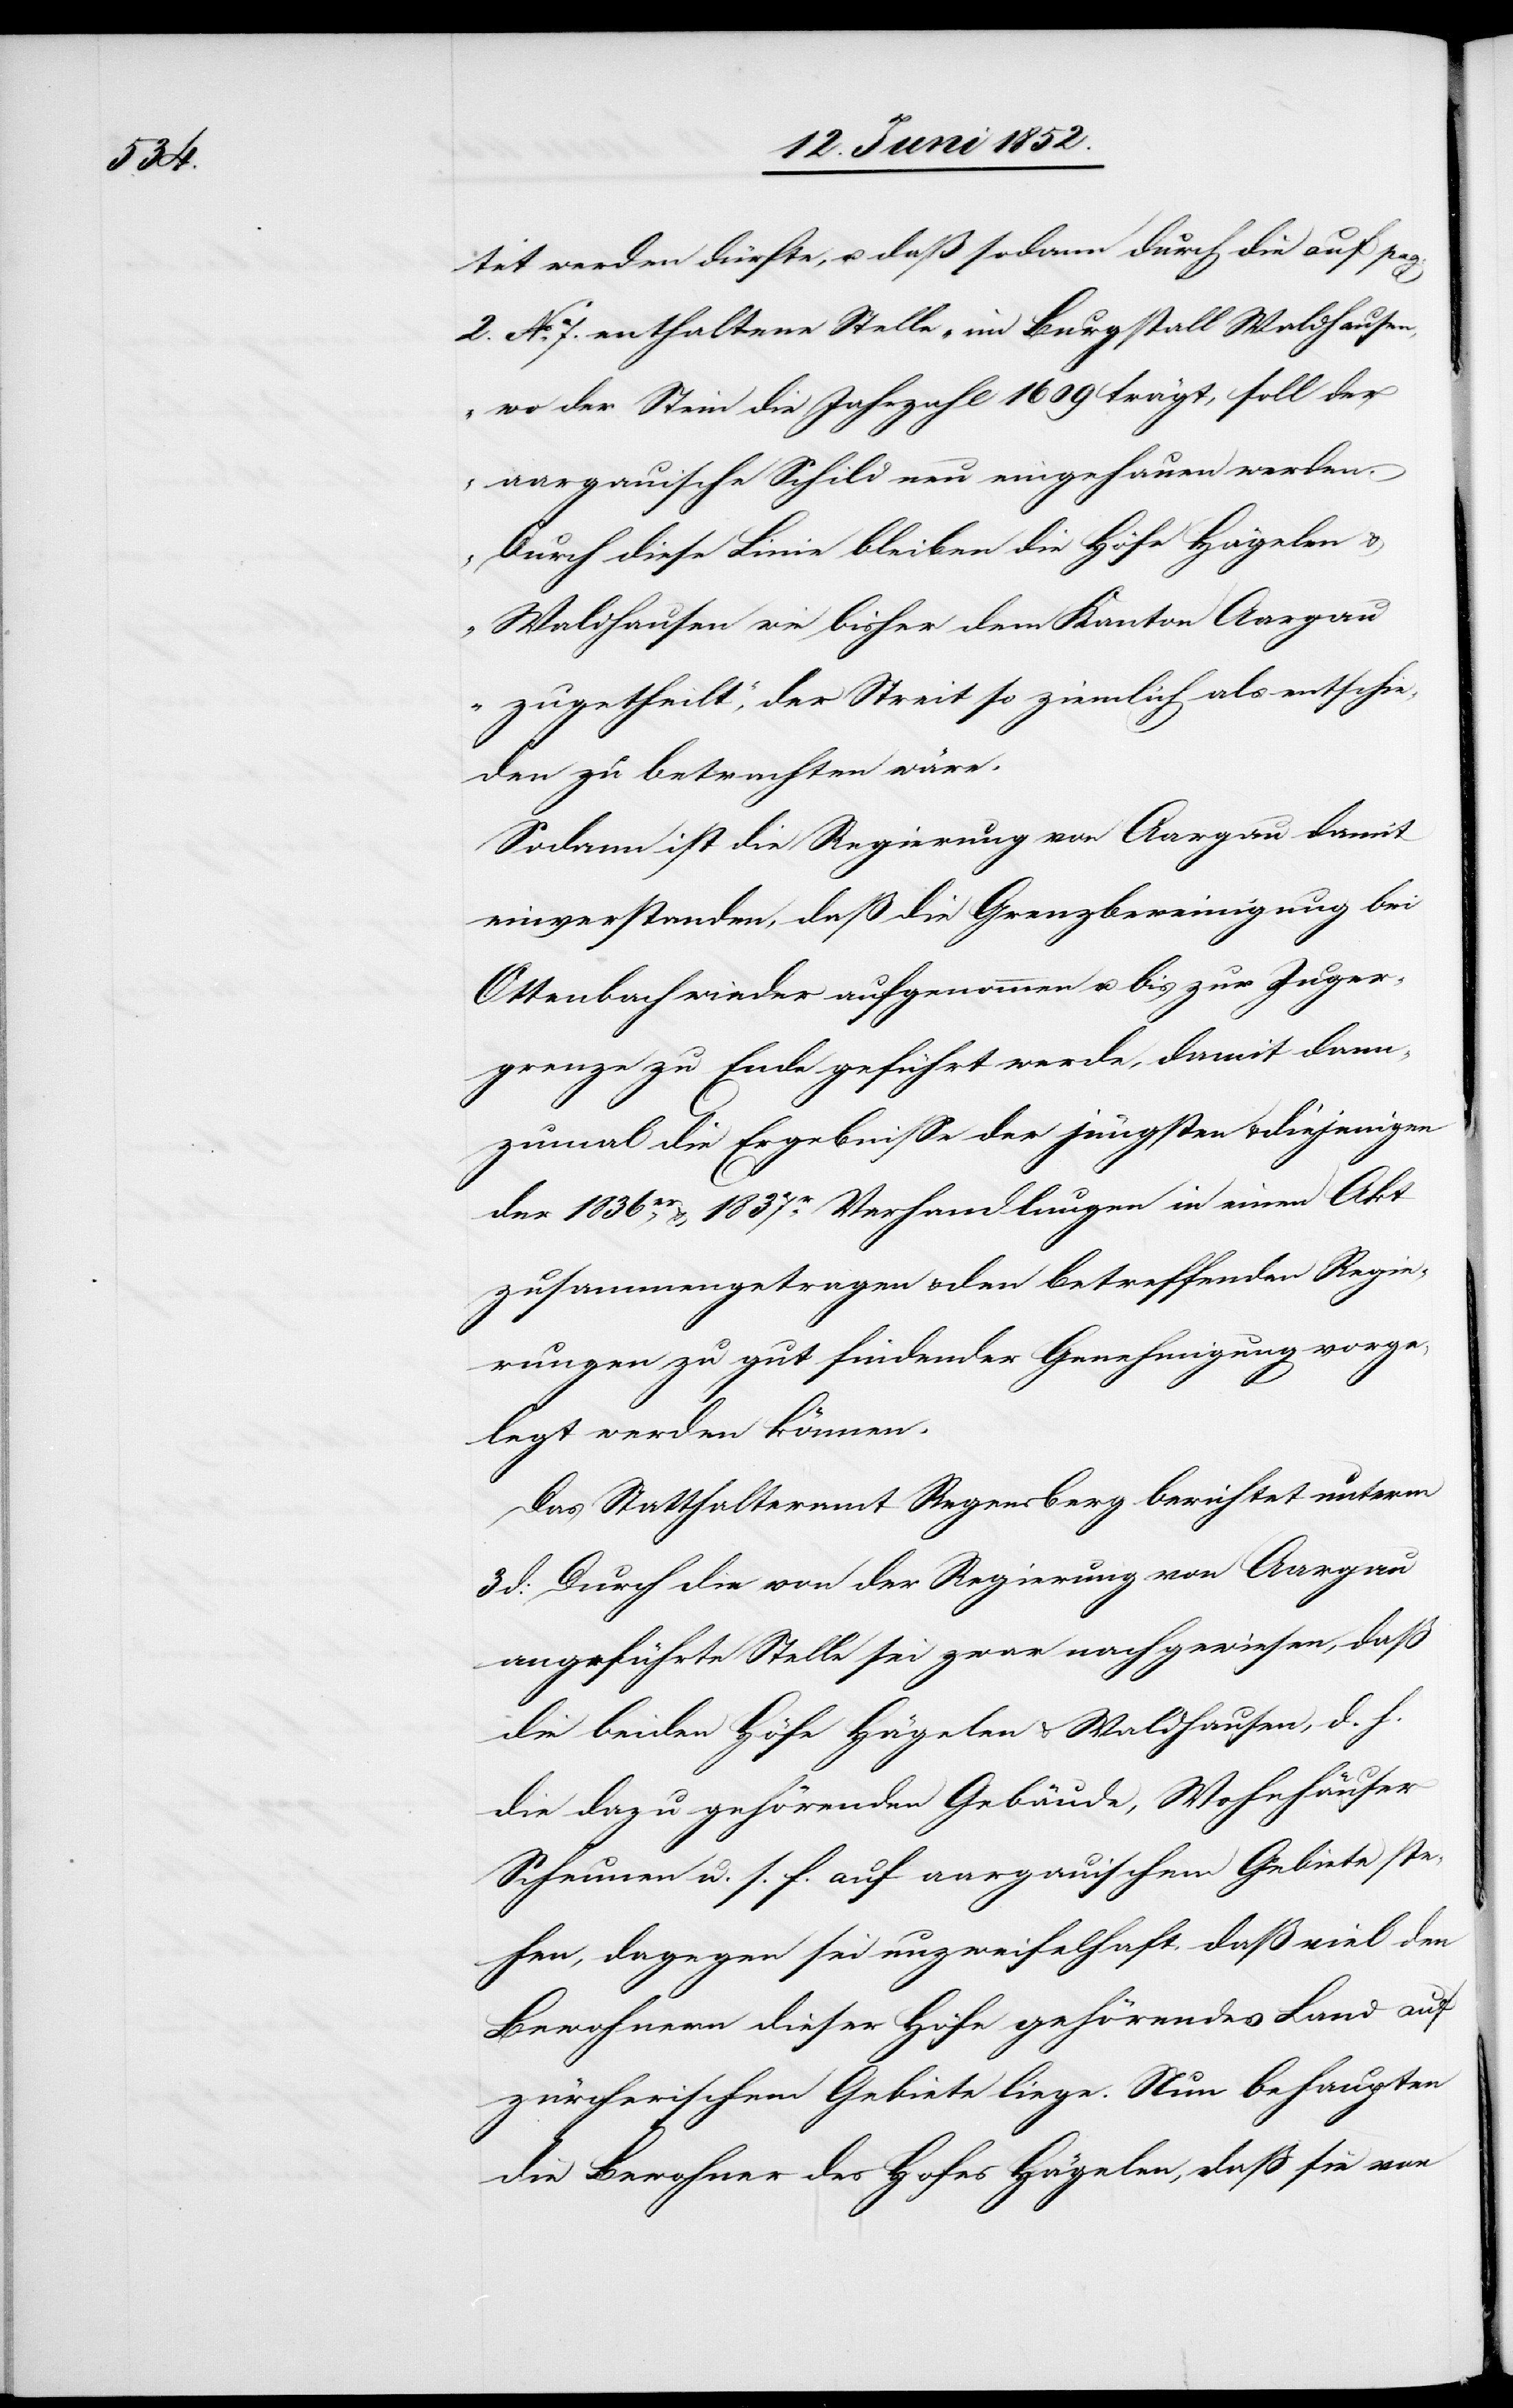
tet werden dürfte, u. daß sodann durch die auf pag:
2. No. 7. enthaltene Stelle „im Burgstall Waldhausen,
wo der Stein die Jahrzahl 1609 trägt, soll der
aargauische Schild neu eingehauen werden.
Durch diese Linie bleiben die Höfe Hägelen &
Waldhausen wie bisher dem Kanton Aargau
zugetheilt“, der Streit so ziemlich als entschie¬
den zu betrachten wäre.
Sodann ist die Regierung von Aargau damit
einverstanden, daß die Grenzbereinigung bei
Ottenbach wieder aufgenommen u. bis zur Zuger¬
grenze zu Ende geführt werde, damit dann¬
zumal die Ergebnisse der jüngsten & diejenigen
der 1836er, & 1837r Verhandlungen in einen Akt
zusammengetragen & den betreffenden Regie¬
rungen zu gut findender Genehmigung vorge¬
legt werden können.
Das Statthalteramt Regensberg berichtet unterm
3 d: Durch die von der Regierung von Aargau
angeführte Stelle sei zwar nachgewiesen, daß
die beiden Höfe Hägelen & Waldhausen, d. h.
die dazu gehörenden Gebäude, Wohnhäuser[,]
Scheunen u. s. f. auf aargauischem Gebiete ste¬
hen, dagegen sei unzweifelhaft, daß viel den
Bewohnern dieser Höfe gehörendes Land auf
zürcherischem Gebiete liege. Nun behaupten
die Bewohner des Hofes Hägelen, dass sie von